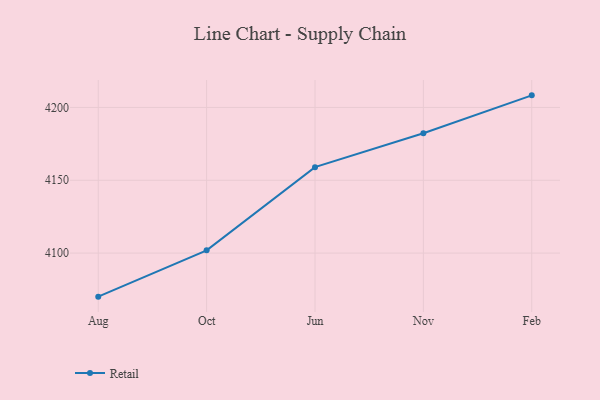
{"axis": {"x": "Month", "y": "Budget (USD K)"}, "legend": ["Retail"], "data": [{"x": "Aug", "y": 4070.1, "type": "Retail"}, {"x": "Oct", "y": 4101.9, "type": "Retail"}, {"x": "Jun", "y": 4159.0, "type": "Retail"}, {"x": "Nov", "y": 4182.3, "type": "Retail"}, {"x": "Feb", "y": 4208.3, "type": "Retail"}]}